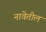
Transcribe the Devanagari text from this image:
नावेतील